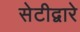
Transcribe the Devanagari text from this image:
सेटीद्वारे